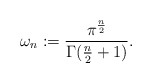
\begin{align*}\omega_n:= \frac{\pi^{\frac{n}{2}}}{\Gamma(\frac{n}{2}+1)}.\end{align*}